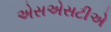
એસએસટીએ